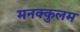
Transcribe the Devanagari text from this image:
मनक्कुलम